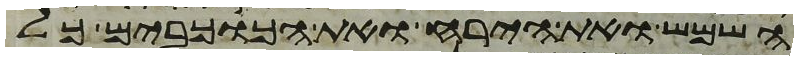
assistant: השמש ואת הירח ואת הכוכבים כל